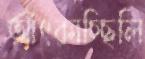
আঁৎকাচ্ছিলি